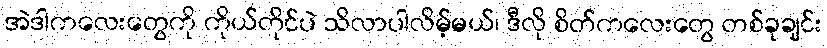
အဲဒါကလေးတွေကို ကိုယ်တိုင်ပဲ သိလာပါလိမ့်မယ်၊ ဒီလို စိတ်ကလေးတွေ တစ်ခုချင်း